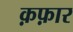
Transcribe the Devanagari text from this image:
क़फ़ार